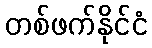
တစ်ဖက်နိုင်ငံ